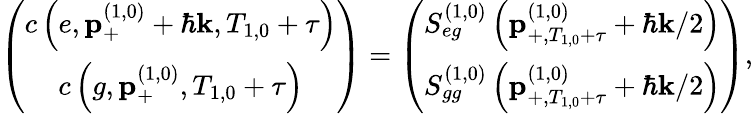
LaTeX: \left(\begin{array}{c}{c\left(e,\mathbf{p}_{+}^{\left(1,0\right)}+\hbar\mathbf{k},T_{1,0}+\tau\right)}\\ {c\left(g,\mathbf{p}_{+}^{\left(1,0\right)},T_{1,0}+\tau\right)}\end{array}\right)=\left(\begin{array}{c}{S_{eg}^{\left(1,0\right)}\left(\mathbf{p}_{+,T_{1,0}+\tau}^{\left(1,0\right)}+\hbar\mathbf{k}/2\right)}\\ {S_{gg}^{\left(1,0\right)}\left(\mathbf{p}_{+,T_{1,0}+\tau}^{\left(1,0\right)}+\hbar\mathbf{k}/2\right)}\end{array}\right),